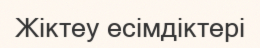
Жіктеу есімдіктері